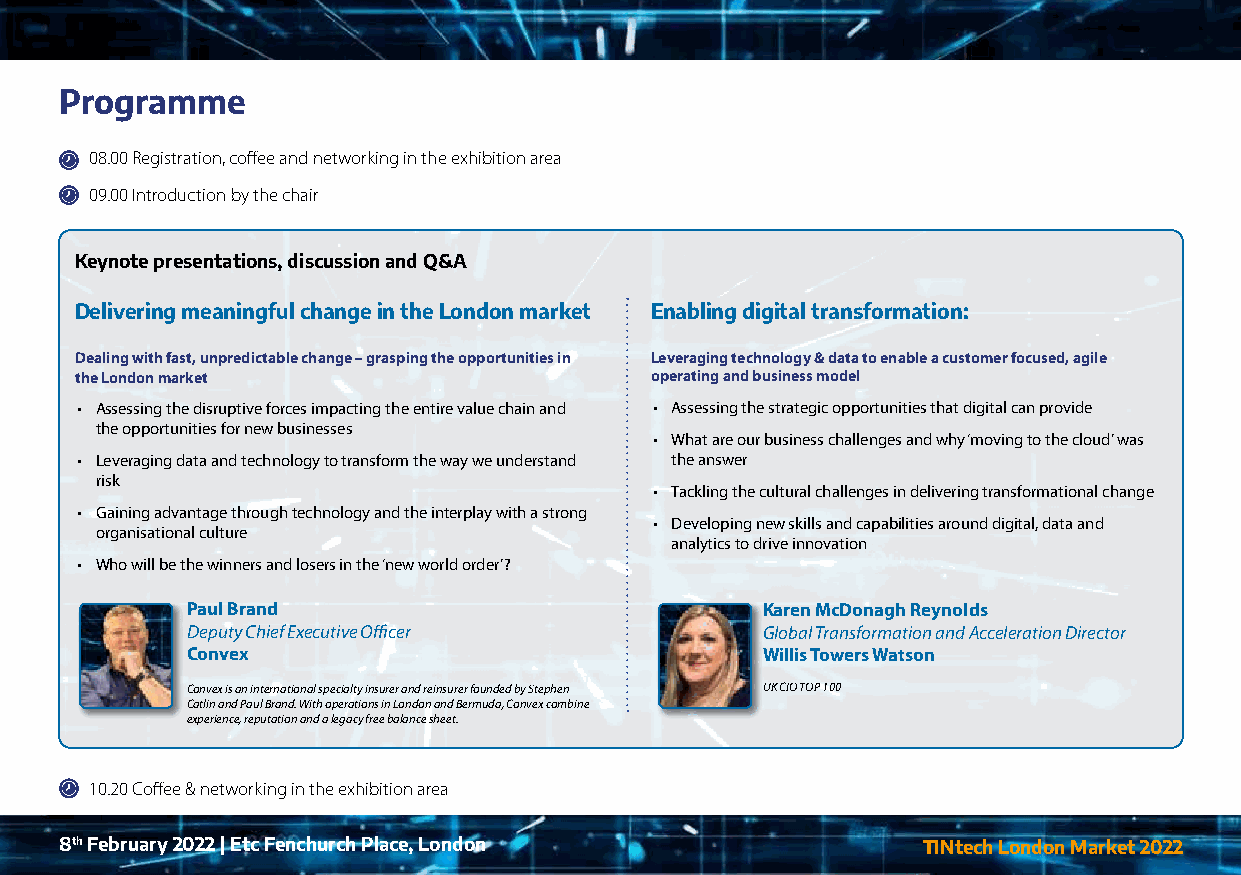
Programme
 08.00 Registration, coffee and networking in the exhibition area
 09.00 Introduction by the chair
 Keynote presentations, discussion and Q&A
 Delivering meaningful change in the London market Enabling digital transformation:
 Dealing with fast, unpredictable change – grasping the opportunities in Leveraging technology & data to enable a customer focused, agile
 the London market                     operating and business model
 • Assessing the disruptive forces impacting the entire value chain and • Assessing the strategic opportunities that digital can provide
 the opportunities for new businesses
 • What are our business challenges and why ‘moving to the cloud’ was
 • Leveraging data and technology to transform the way we understand the answer
 risk
 • Tackling the cultural challenges in delivering transformational change
 • Gaining advantage through technology and the interplay with a strong
 • Developing new skills and capabilities around digital, data and
 organisational culture
 analytics to drive innovation
 • Who will be the winners and losers in the ‘new world order’?
 Paul Brand                            Karen McDonagh Reynolds
 Deputy Chief Executive Officer        Global Transformation and Acceleration Director
 Convex                                Willis Towers Watson
 Convex is an international specialty insurer and reinsurer founded by Stephen UK CIO TOP 100
 Catlin and Paul Brand. With operations in London and Bermuda, Convex combine
 experience, reputation and a legacy free balance sheet.
 10.20 Coffee & networking in the exhibition area
 8th February 2022 | Etc Fenchurch Place, London          TINtech London Market 2022